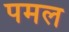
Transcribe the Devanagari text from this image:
पमल